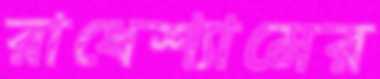
রাধেশ্যামের